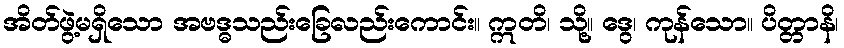
အိတ်ဖွဲ့မရှိသော အဗဒ္ဓသည်းခြေလည်းကောင်း။ ဣတိ၊ သို့။ ဒွေ၊ ကုန်သော။ ပိတ္တာနိ၊